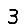
Digit: 3